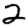
Digit: 2